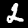
Digit: 2